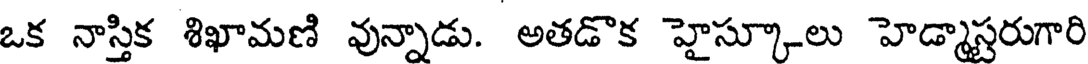
ఒక నాస్తిక శిఖామణి వున్నాడు. అతడొక హైస్కూలు హెడ్మాస్టరుగారి